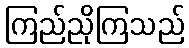
ကြည်ညိုကြသည်